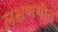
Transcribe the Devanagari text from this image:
लक्षणगीत